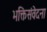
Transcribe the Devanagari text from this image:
भक्तिसंवेदना